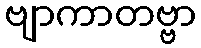
ဗျာကာတဗ္ဗာ